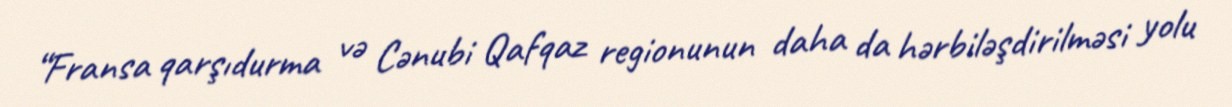
“Fransa qarşıdurma və Cənubi Qafqaz regionunun daha da hərbiləşdirilməsi yolu